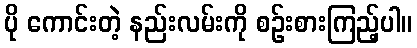
ပို ကောင်းတဲ့ နည်းလမ်းကို စဉ်းစားကြည့်ပါ။